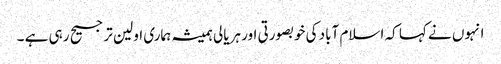
انہوں نے کہا کہ اسلام آباد کی خوبصورتی اور ہریالی ہمیشہ ہماری اولین ترجیح رہی ہے ۔